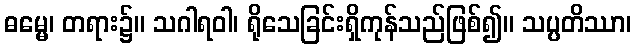
ဓမ္မေ၊ တရား၌။ သဂါရဝါ၊ ရိုသေခြင်းရှိကုန်သည်ဖြစ်၍။ သပ္ပတိဿာ၊